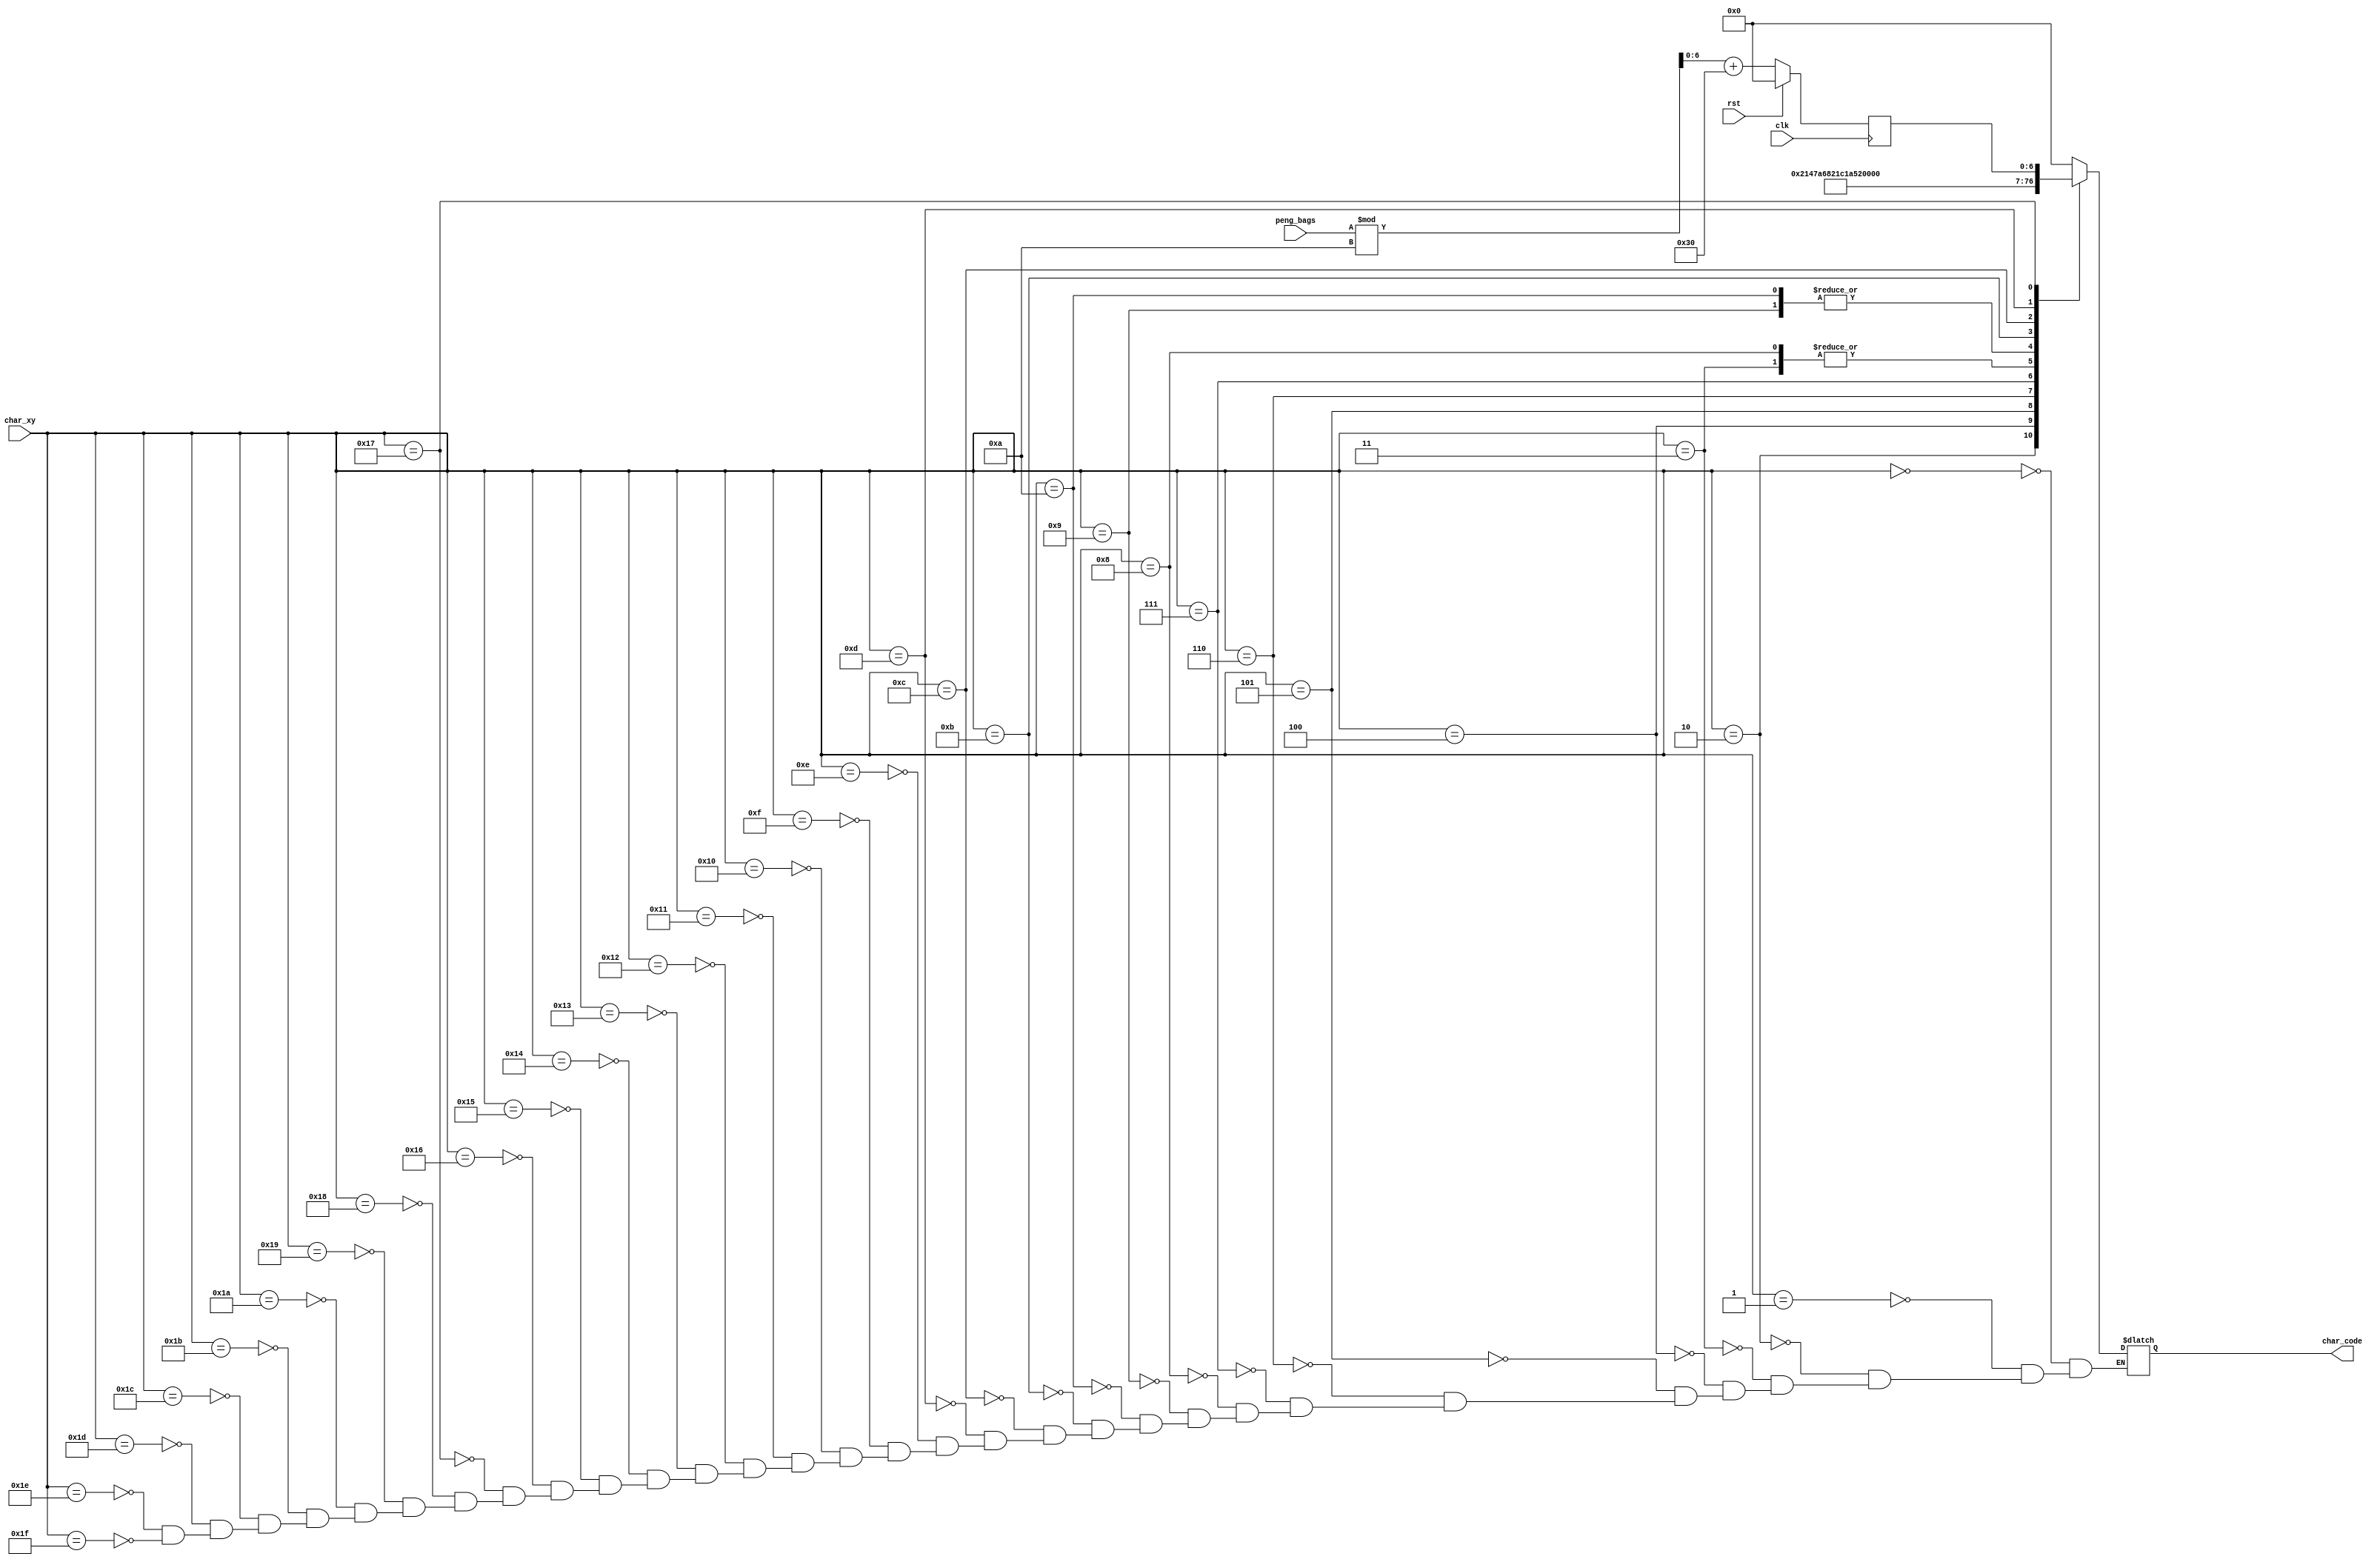
module char_peng_bags(
   input wire clk,
   input wire rst,
   input wire [7:0] char_xy,
   input wire [3:0] peng_bags,
   
   output reg [6:0] char_code
   );
       
    localparam ASCII_CONV = 48;
   
    reg [7:0] ones, ones_nxt;
   
    always @(posedge clk) begin
        if(rst) begin
            ones        <= 0;
        end
        else begin
            ones        <= ones_nxt;
        end
   end
   
   
   always @* begin
       ones_nxt = peng_bags % 10 + ASCII_CONV;
   end

           
    reg [7:0] code_data;
               always @*   begin
                   char_code = code_data[6:0];
               end
               
               always @*   begin
                       case (char_xy)
                           //line 0               //      hex
                           8'h00: code_data = 8'h00;   
                           8'h01: code_data = 8'h00;   
                           8'h02: code_data = "B";   
                           8'h03: code_data = "A";   
                           8'h04: code_data = "G";   
                           8'h05: code_data = "S";   
                           8'h06: code_data = " ";    
                           8'h07: code_data = "C";   
                           8'h08: code_data = "A";   
                           8'h09: code_data = "R";      
                           8'h0a: code_data = "R";   
                           8'h0b: code_data = "I";   
                           8'h0c: code_data = "E";   
                           8'h0d: code_data = "D";   
                           8'h0e: code_data = 8'h00;   
                           8'h0f: code_data = 8'h00;   
                           
                           //line 1                  //      hex
                           8'h10: code_data = 8'h00;   // 
                           8'h11: code_data = 8'h00;   // 
                           8'h12: code_data = 8'h00;   // 
                           8'h13: code_data = 8'h00;   // 
                           8'h14: code_data = 8'h00;   // 
                           8'h15: code_data = 8'h00;   // 
                           8'h16: code_data = 8'h00;   //  
                           8'h17: code_data = ones;   // 
                           8'h18: code_data = 8'h00;   // 
                           8'h19: code_data = 8'h00;   //     
                           8'h1a: code_data = 8'h00;   // 
                           8'h1b: code_data = 8'h00;   // 
                           8'h1c: code_data = 8'h00;   // 
                           8'h1d: code_data = 8'h00;   // 
                           8'h1e: code_data = 8'h00;   // 
                           8'h1f: code_data = 8'h00;   // 
                        
                       endcase
               end            

endmodule